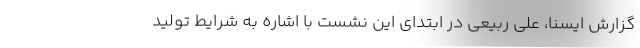
گزارش ایسنا، علی ربیعی در ابتدای این نشست با اشاره به شرایط تولید